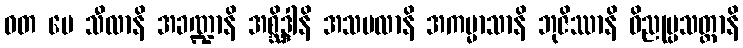
ဝတ မေ သီလာနိ အခဏ္ဍာနိ အစ္ဆိဒ္ဒါနိ အသဗလာနိ အကမ္မာသာနိ ဘုဇိဿာနိ ဝိညုပ္ပသတ္ထာနိ